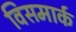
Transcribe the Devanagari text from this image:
विसमार्क